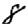
Digit: 8